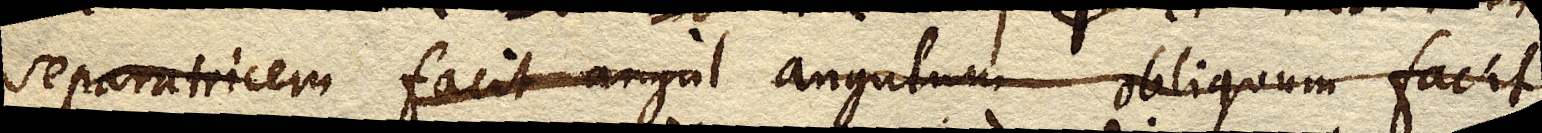
separatricem facit angul angulum obliquum facit